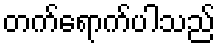
တက်ရောက်ပါသည်